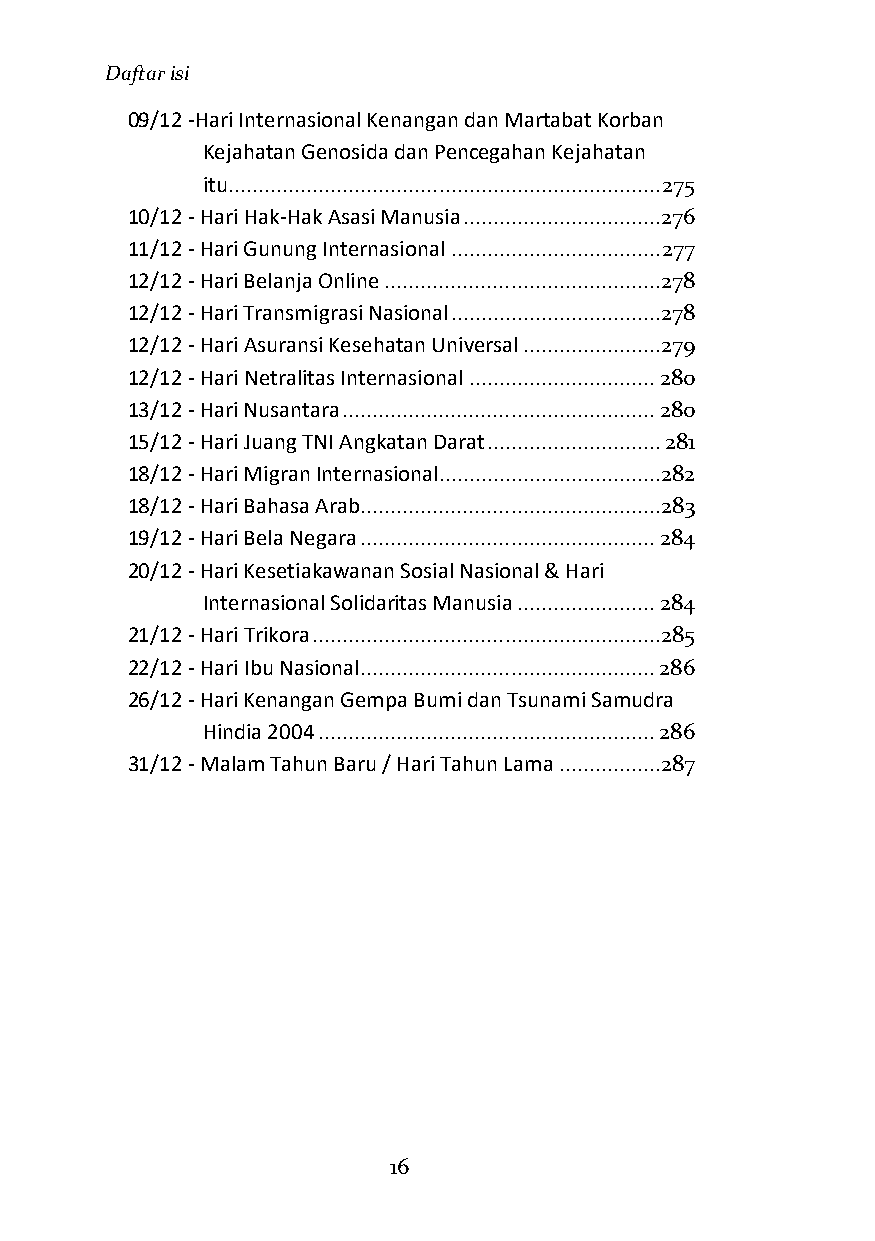
Daftar isi
 09/12 -Hari Internasional Kenangan dan Martabat Korban
 Kejahatan Genosida dan Pencegahan Kejahatan
 itu ........................................................................ 275
 10/12 - Hari Hak-Hak Asasi Manusia .................................276
 11/12 - Hari Gunung Internasional ................................... 277
 12/12 - Hari Belanja Online ..............................................278
 12/12 - Hari Transmigrasi Nasional ...................................278
 12/12 - Hari Asuransi Kesehatan Universal .......................279
 12/12 - Hari Netralitas Internasional ............................... 280
 13/12 - Hari Nusantara .................................................... 280
 15/12 - Hari Juang TNI Angkatan Darat ............................. 281
 18/12 - Hari Migran Internasional.....................................282
 18/12 - Hari Bahasa Arab .................................................. 283
 19/12 - Hari Bela Negara ................................................. 284
 20/12 - Hari Kesetiakawanan Sosial Nasional & Hari
 Internasional Solidaritas Manusia ....................... 284
 21/12 - Hari Trikora ..........................................................285
 22/12 - Hari Ibu Nasional ................................................. 286
 26/12 - Hari Kenangan Gempa Bumi dan Tsunami Samudra
 Hindia 2004 ........................................................ 286
 31/12 - Malam Tahun Baru / Hari Tahun Lama .................287
 16